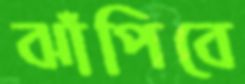
ঝাঁপিবে